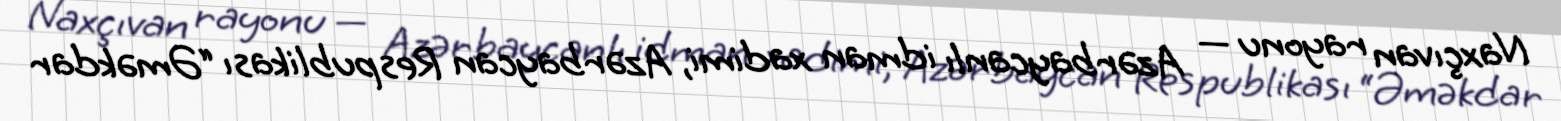
Naxçıvan rayonu — Azərbaycanlı idman xadimi, Azərbaycan Respublikası “Əməkdar